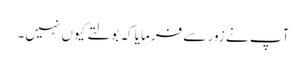
آپ نے زور سے فرمایا کہ بولتے کیوں نہیں۔